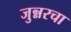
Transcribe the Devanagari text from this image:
जुन्नरचा